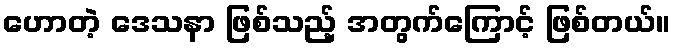
ဟောတဲ့ ဒေသနာ ဖြစ်သည့် အတွက်ကြောင့် ဖြစ်တယ်။